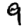
Digit: 9